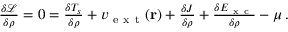
\begin{array} { r } { \frac { \delta \mathcal { L } } { \delta \rho } = 0 = \frac { \delta T _ { s } } { \delta \rho } + v _ { \mathrm { ~ e ~ x ~ t ~ } } ( \mathbf { r } ) + \frac { \delta J } { \delta \rho } + \frac { \delta E _ { \mathrm { ~ x ~ c ~ } } } { \delta \rho } - \mu \, . } \end{array}